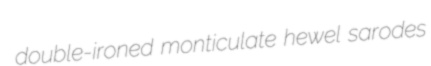
double-ironed monticulate hewel sarodes